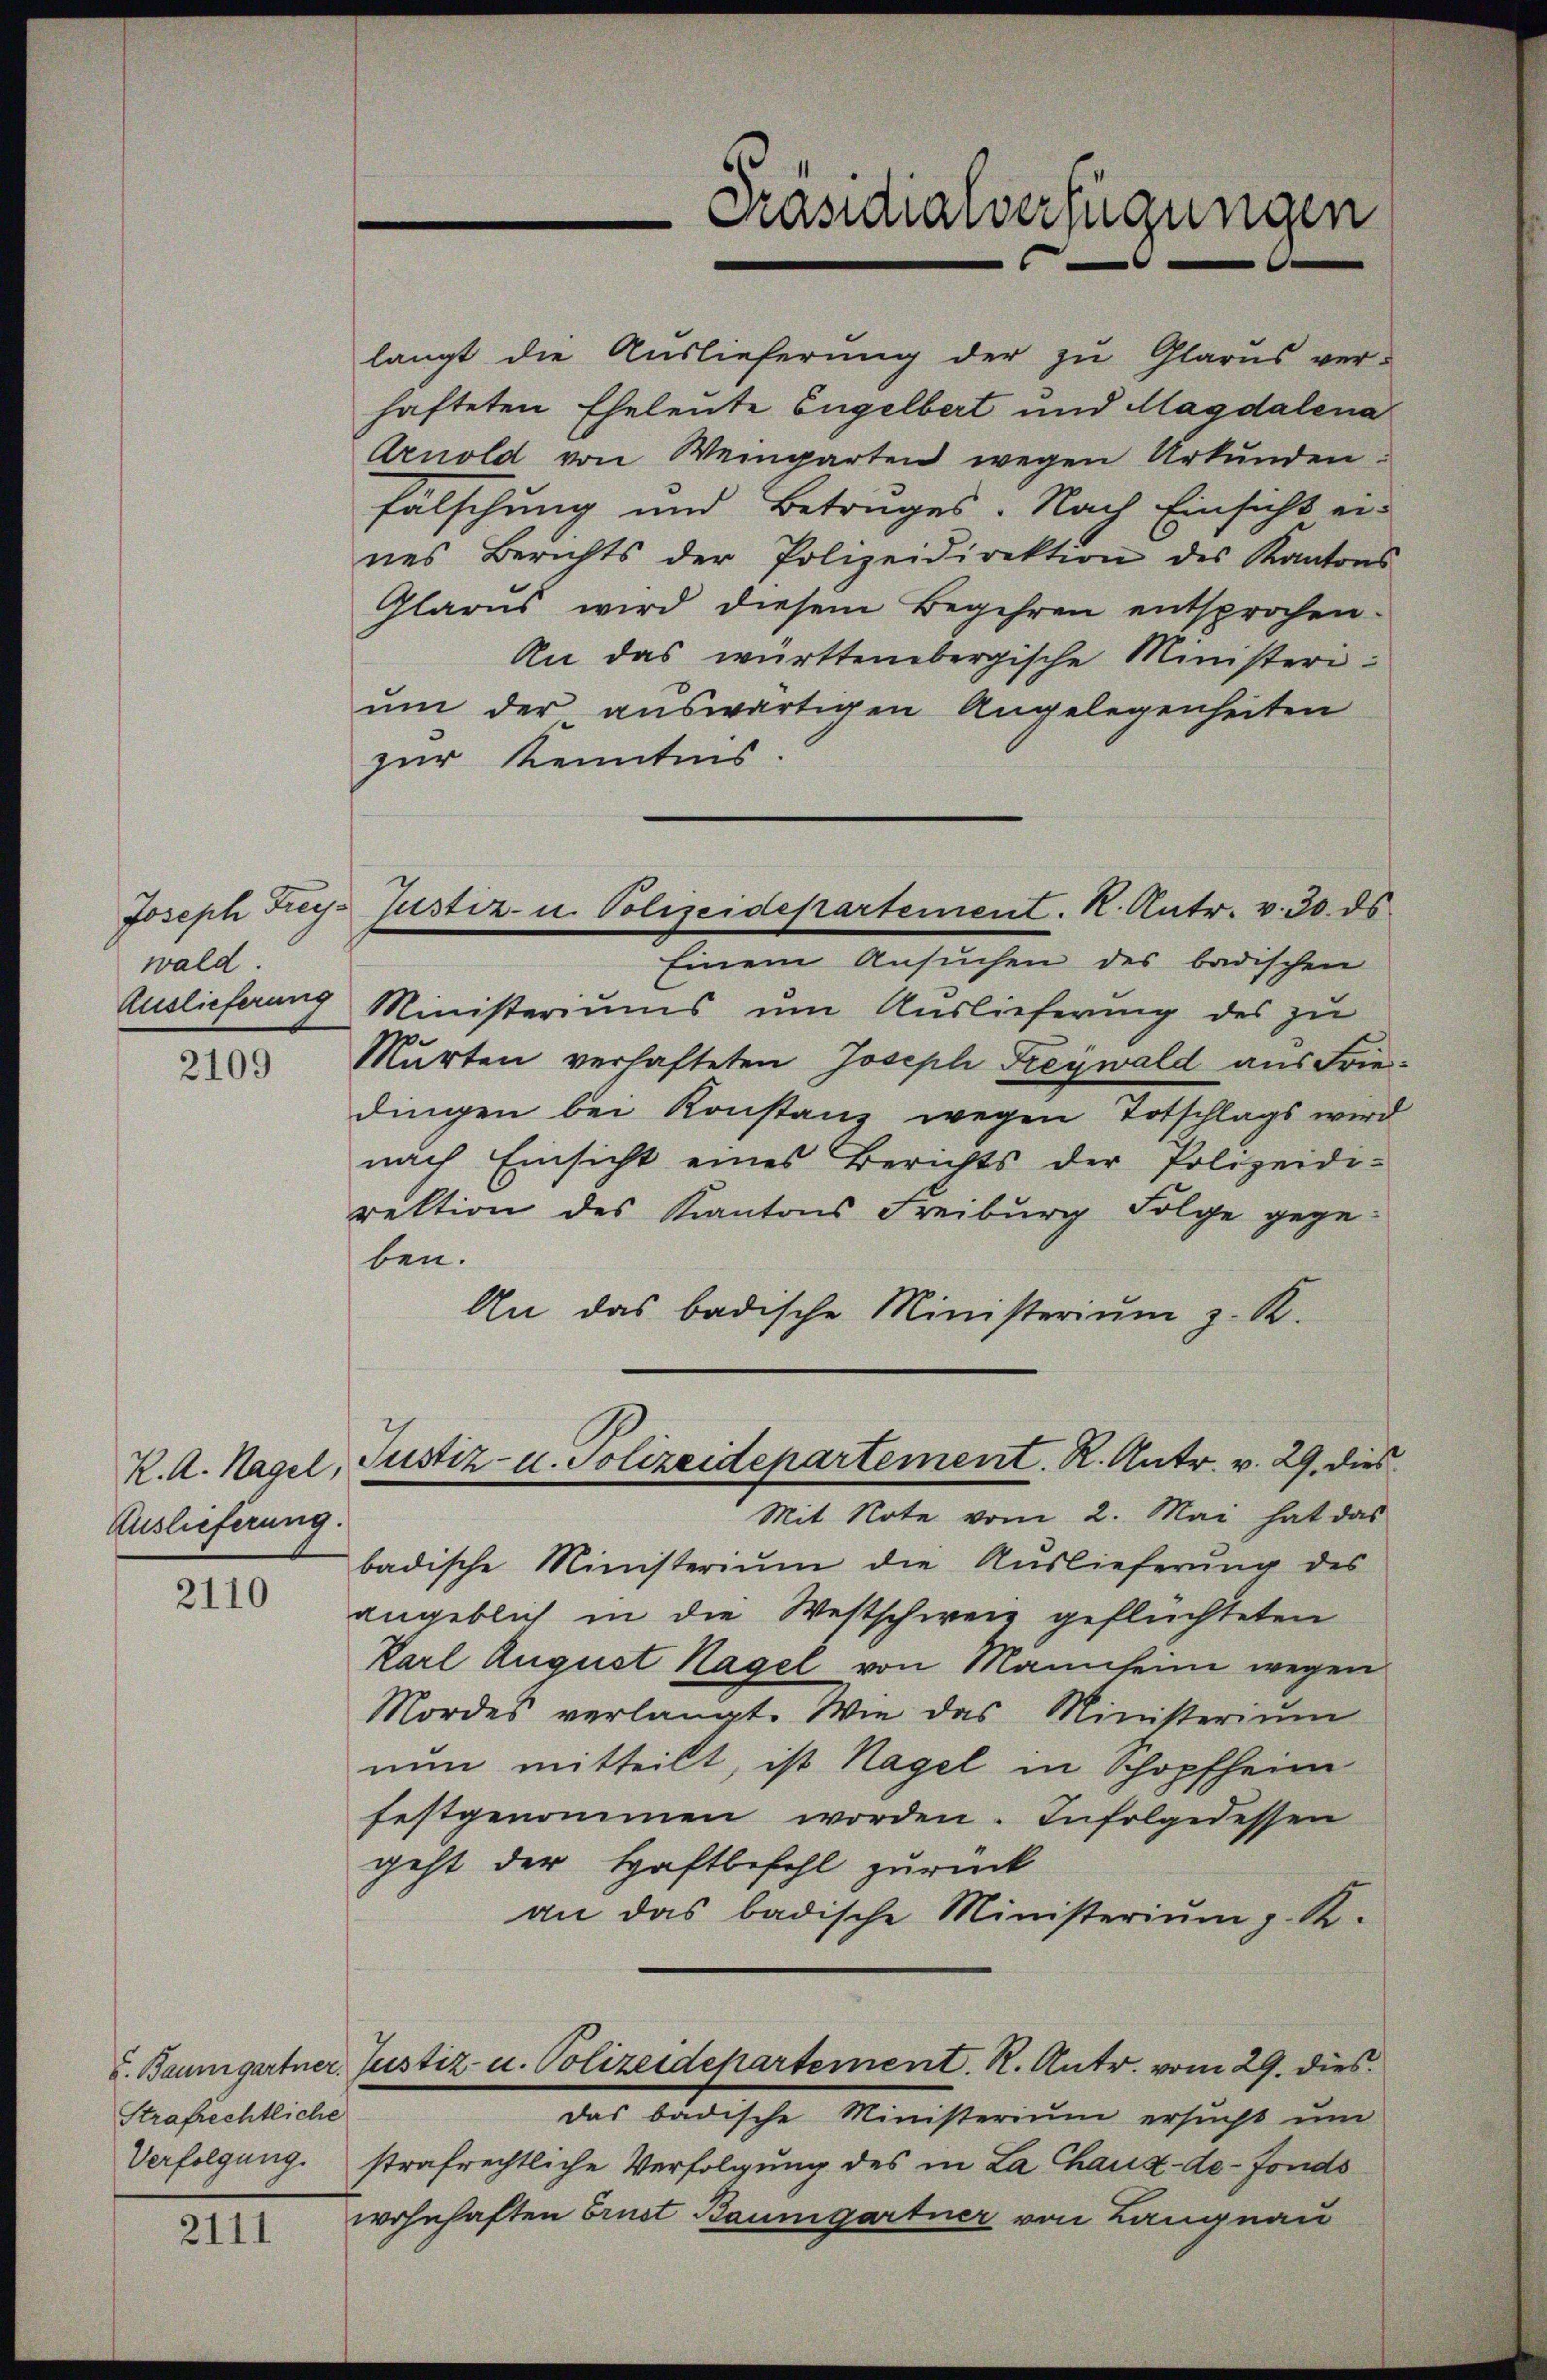
Joseph Freywald.
Auslieferung

2109

Auslieferung.

2110

Strafrechtliche

2111

Präsidialverfügungen

langt die Auslieferŭng der zŭ Glarus ver-
hafteten Eheleute Engelbert und Magdalena
Arnold von Weingarten wegen Urkunden.
fälschung und Betruges. Nach Einsicht ei-
nes Berichts der Polizeidirektion des Kantons
Glarus wird diesem Begehren entsprochen.
An das württembergische Ministerium der auswärtigen Angelegenheiten
zur Kenntnis
Einem Ansuchen des badischen
Ministeriums um Auslieferung des zu
Murten verhafteten Josepli Freywald aus Friedingen bei Konstanz wegen Totschlags wird
nach Einsicht eines Berichts der Polizeidi-
rektion des Kantons Freiburg Folge gegeben.
An das badische Ministeriŭm z. R.
K. A. Hagel, Justiz- u. Polizeidepartement. R. Antr. v. 29, dies
Mit Note vom 2. Mai hat das
badische Ministeriŭm die Aŭslieferŭng des
angeblich in die Westschweiz geflüchteten
Karl August Hagel von Mannheim wegen
Mordes verlangt. Wie das Ministeriŭm
nun mitteilt, ist Nagel in Schopfheim
festgenommen worden. Infolgedessen
geht der Haftbefehl zurück
an das badische Ministeriŭm z. R.
u. Baumgartner Justiz- u. Polizeidepartement. R. Antr. vom 29. dies
das badische Ministerium ersucht um
Verfolgung. strafrechtliche Verfolgung des in La Chaux-de-Fondo
wohnhaften Brust Baumgartner von Langnau

Justiz- u. Polizeidepartement. K. Antr. v. 30. ds.